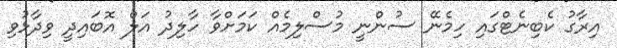
އިރާގު ކެބިނެޓްގައި ހިމެނޭ ސުންނީ މުސްލިމެއް ކަމަށްވާ ހާލިދު އަލް އޮބައިދީ ވިދާޅުވި